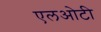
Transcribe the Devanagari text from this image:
एलओटी